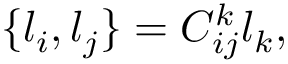
\{ l _ { i } , l _ { j } \} = C _ { i j } ^ { k } l _ { k } ,